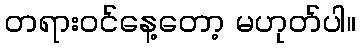
တရားဝင်နေ့တော့ မဟုတ်ပါ။